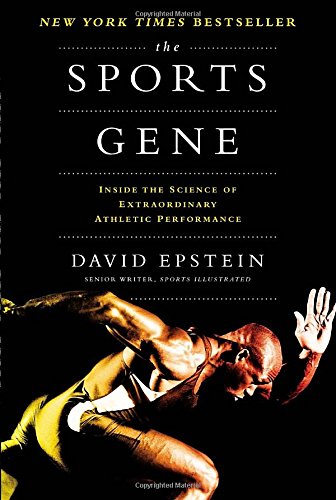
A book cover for The Sports Gene: Inside the Science of Extraordinary Athletic Performance; David Epstein; Medical Books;